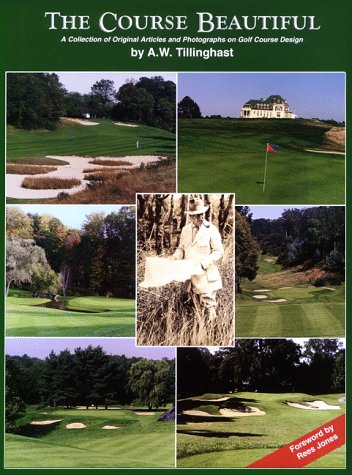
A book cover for The Course Beautiful : A Collection of Original Articles and Photographs on Golf Course Design; Albert Warren Tillinghast; Sports & Outdoors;